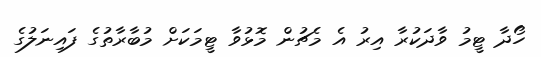
ހޯދާ ޓީމު ވާދަކުރާ އިރު އެ މެޗުން މޮޅުވާ ޓީމަކަށް މުބާރާތުގެ ފައިނަލުގެ